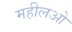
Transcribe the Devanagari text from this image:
महीलओ